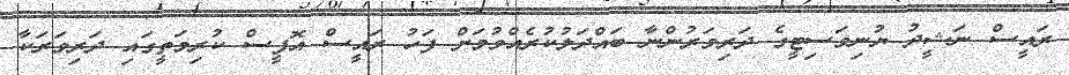
ރައީސް ނަޝީދު ޔުނިވަސިޓީގެ ދަރިވަރުންނާ ބައްދަލުކުރެއްވުމަށް ފަހު ރައީސް އޮފީސް ކުރިމަތީގައި ދަރިވަރަކާ